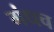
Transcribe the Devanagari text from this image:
गंधच